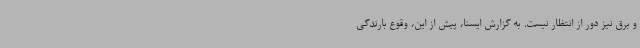
و برق نیز دور از انتظار نیست. به گزارش ایسنا، پیش از این، وقوع بارندگی